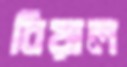
বিয়াল